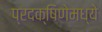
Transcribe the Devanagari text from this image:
प्रदक्षिणेमध्ये